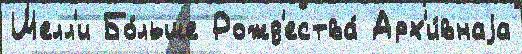
Шелл'и Бо́льше Рожд'ества́ Арх'и́внаjа